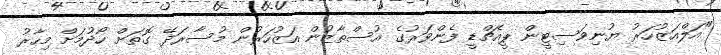
"އަލްއަޒުހަރު ޔުނިވަސިޓީން ޕީއެޗްޑީ ފެންވަރުގެ އުސްތާޒުން އަޒުހަރުން މުސާރަދޭ ގޮތަށް ހޯދުމަށް މިހާރު